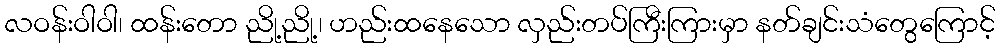
လဝန်းဝါဝါ၊ ထန်းတော ညို့ညို့၊ ဟည်းထနေသော လှည်းတပ်ကြီးကြားမှာ နတ်ချင်းသံတွေကြောင့်